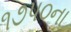
૧૭૫૦ના